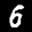
Label: 6